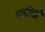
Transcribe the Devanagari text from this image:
पत्तीयाँ